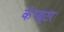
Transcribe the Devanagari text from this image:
कंंप्यूटर